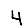
Digit: 4